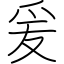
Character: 爰